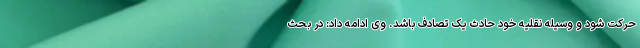
حرکت شود و وسیله نقلیه خود حادث یک تصادف باشد. وی ادامه داد: در بحث